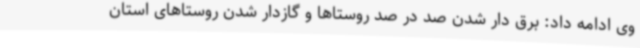
وی ادامه داد: برق دار شدن صد در صد روستاها و گازدار شدن روستاهای استان